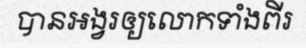
បានអង្វរឲ្យលោកទាំងពីរ